Civil Veterinary Department Bihar & Orissa reports 1922-29 - 1922-1929
Year: 1922
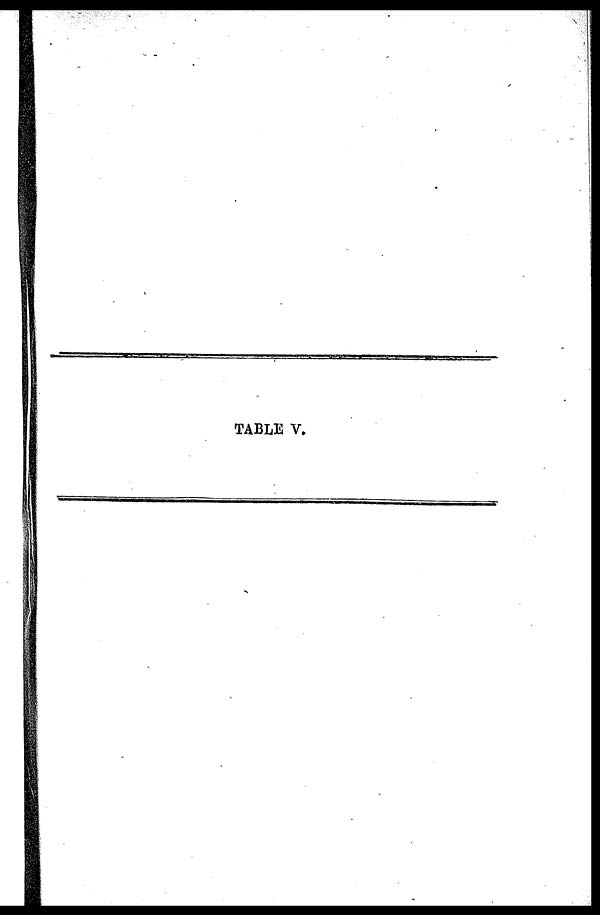
TABLE V.